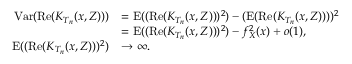
\begin{array} { r l } { \mathrm { V a r } ( \mathrm { R e } ( K _ { T _ { n } } ( x , Z ) ) ) } & { = \mathrm { E } ( ( \mathrm { R e } ( K _ { T _ { n } } ( x , Z ) ) ) ^ { 2 } ) - ( \mathrm { E } ( \mathrm { R e } ( K _ { T _ { n } } ( x , Z ) ) ) ) ^ { 2 } } \\ & { = \mathrm { E } ( ( \mathrm { R e } ( K _ { T _ { n } } ( x , Z ) ) ) ^ { 2 } ) - f _ { X } ^ { 2 } ( x ) + o ( 1 ) , } \\ { \mathrm { E } ( ( \mathrm { R e } ( K _ { T _ { n } } ( x , Z ) ) ) ^ { 2 } ) } & { \rightarrow \infty . } \end{array}